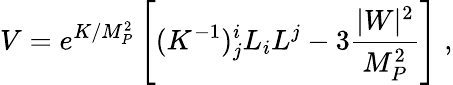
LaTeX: V=e^{K/M_{P}^{2}}\left[(K^{-1})_{j}^{i}L_{i}L^{j}-3\frac{|W|^{2}}{M_{P}^{2}}\right]\; ,